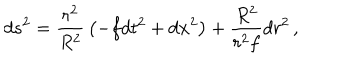
LaTeX: d s ^ { 2 } = { \frac { r ^ { 2 } } { R ^ { 2 } } } \left( - f d t ^ { 2 } + d { \bf x } ^ { 2 } \right) + { \frac { R ^ { 2 } } { r ^ { 2 } f } } d r ^ { 2 } \, ,